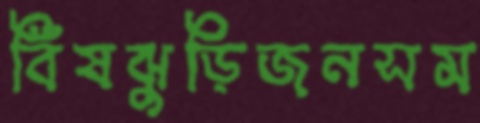
বিঁষঝুড়িজনসম